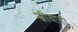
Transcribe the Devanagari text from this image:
स्त्रीयाही